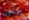
يؤذون